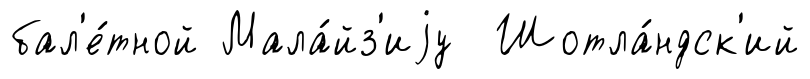
бал'е́тной Мала́йз'иjу Шотла́ндск'ий